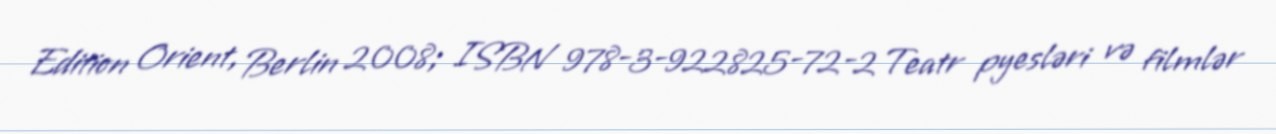
Edition Orient, Berlin 2008; ISBN 978-3-922825-72-2 Teatr pyesləri və filmlər